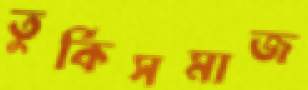
তুর্কিসমাজ